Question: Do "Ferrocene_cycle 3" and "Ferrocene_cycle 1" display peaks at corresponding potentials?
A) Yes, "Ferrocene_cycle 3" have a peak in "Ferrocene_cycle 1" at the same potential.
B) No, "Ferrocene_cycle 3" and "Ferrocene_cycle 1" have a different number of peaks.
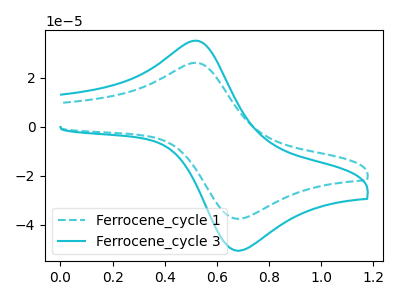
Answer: <think>The cyan dashed curve "Ferrocene_cycle 1" has an anodic peak at (0.50V, 26.10uA) and a cathodic peak at (0.70V, -37.45uA). The cyan curve "Ferrocene_cycle 3" has an anodic peak at (0.50V, 35.10uA) and a cathodic peak at (0.70V, -50.40uA).</think>
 <answer>A) Yes, "Ferrocene_cycle 3" have a peak in "Ferrocene_cycle 1" at the same potential.</answer>
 <eval>A</eval>